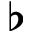
\flat